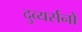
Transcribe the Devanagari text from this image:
दुव्यर्सनों